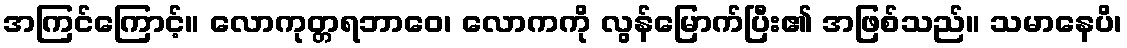
အကြင်ကြောင့်။ လောကုတ္တရဘာဝေ၊ လောကကို လွန်မြောက်ပြီး၏ အဖြစ်သည်။ သမာနေပိ၊